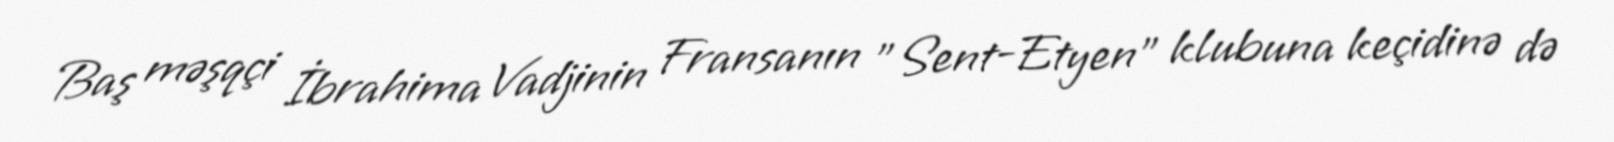
Baş məşqçi İbrahima Vadjinin Fransanın "Sent-Etyen" klubuna keçidinə də